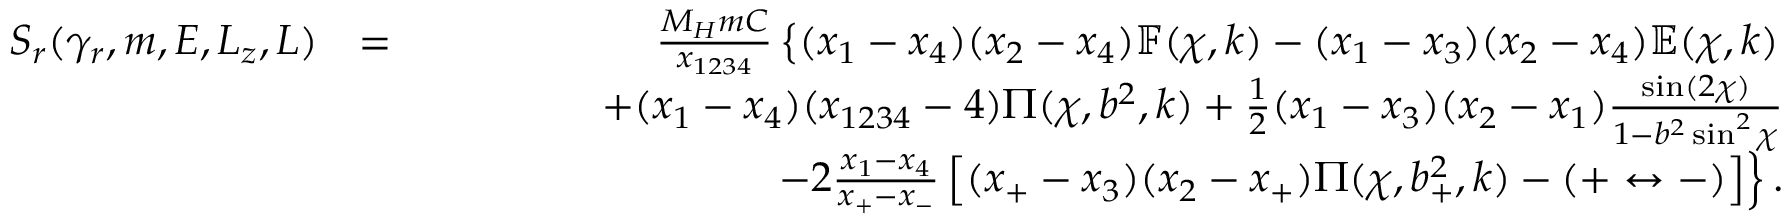
\begin{array} { r l r } { S _ { r } ( \gamma _ { r } , m , E , L _ { z } , L ) } & { = } & { \frac { M _ { H } m C } { x _ { 1 2 3 4 } } \left\{ ( x _ { 1 } - x _ { 4 } ) ( x _ { 2 } - x _ { 4 } ) \mathbb { F } ( \chi , k ) - ( x _ { 1 } - x _ { 3 } ) ( x _ { 2 } - x _ { 4 } ) \mathbb { E } ( \chi , k ) \right. } \\ & { } & { \qquad \qquad + ( x _ { 1 } - x _ { 4 } ) ( x _ { 1 2 3 4 } - 4 ) \Pi ( \chi , b ^ { 2 } , k ) + \frac { 1 } { 2 } ( x _ { 1 } - x _ { 3 } ) ( x _ { 2 } - x _ { 1 } ) \frac { \sin ( 2 \chi ) } { 1 - b ^ { 2 } \sin ^ { 2 } \chi } } \\ & { } & { \left. \qquad \qquad - 2 \frac { x _ { 1 } - x _ { 4 } } { x _ { + } - x _ { - } } \left[ ( x _ { + } - x _ { 3 } ) ( x _ { 2 } - x _ { + } ) \Pi ( \chi , b _ { + } ^ { 2 } , k ) - ( + \leftrightarrow - ) \right] \right\} . } \end{array}